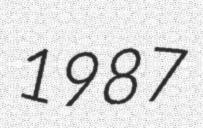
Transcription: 1987